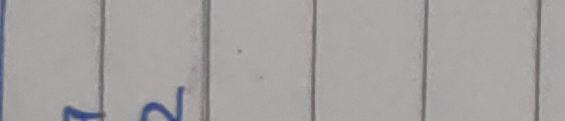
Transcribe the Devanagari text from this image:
१२